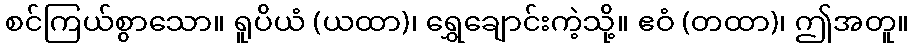
စင်ကြယ်စွာသော။ ရူပိယံ (ယထာ)၊ ရွှေချောင်းကဲ့သို့။ ဧဝံ (တထာ)၊ ဤအတူ။